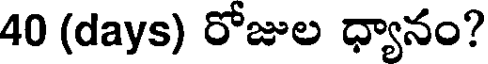
40 (days) రోజుల ధ్యానం?